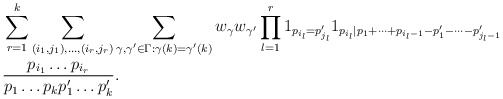
\begin{align*}& \sum_{r=1}^k \sum_{(i_1,j_1),\dots,(i_r,j_r)} \sum_{\gamma,\gamma' \in \Gamma: \gamma(k) = \gamma'(k)} w_\gamma w_{\gamma'} \prod_{l=1}^r 1_{p_{i_l}=p'_{j_l}} 1_{p_{i_l}|p_1+\dots+p_{i_l-1} - p'_1 - \dots - p'_{j_l-1}} \\&\frac{ p_{i_1} \dots p_{i_r} }{ p_1 \dots p_k p'_1 \dots p'_k }.\end{align*}